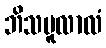
ဘိသမူလာလံ